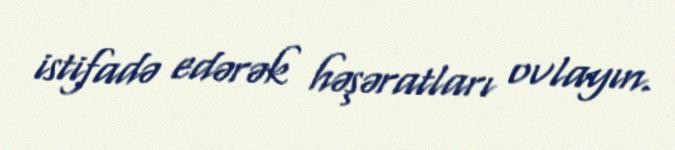
istifadə edərək həşəratları ovlayın.